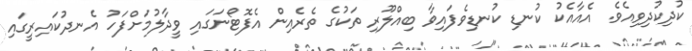
ކުދިކުދިވިއެވެ. އެއާއެކު ކުނޑި ކުނޑިވެފައިވާ ބިއްލޫރި ތަކުގެ ތެރެއިން އެފޮޓޯނަގައި ވީދާލުމަށްފަހު އެނދުކައިރީގައި